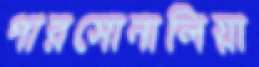
পারসোনালিয়া